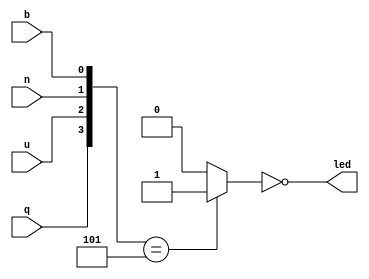
module CodeLock(q,u,n,b,led);
input wire q,u,n,b;    
assign code = {q,u,n,b}; 
output wire led;   
wire [3:0] code;   
reg open;  
always @(code)	
		begin
			if(code == 4'b0101)
				begin
					open  = 1'b1;
				end				
			else
				begin
					open  = 1'b0;
				end
		end
assign led =~open; //led 0==open 1==开
endmodule